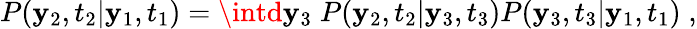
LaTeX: P(\mathbf{y}_{2},t_{2}|\mathbf{y}_{1},t_{1})=\intd\mathbf{y}_{3}\; P(\mathbf{y}_{2},t_{2}|\mathbf{y}_{3},t_{3})P(\mathbf{y}_{3},t_{3}|\mathbf{y}_{1},t_{1})\; ,